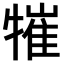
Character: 𤛍